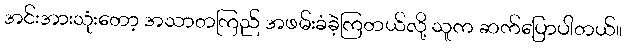
အင်းအားသုံးတော့ အသာတကြည် အဖမ်းခံခဲ့ကြတယ်လို့ သူက ဆက်ပြောပါတယ်။